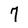
Character: 7